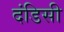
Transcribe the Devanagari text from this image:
दंडिसी